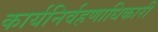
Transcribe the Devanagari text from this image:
कार्यनिर्वहणाधिकारी